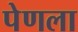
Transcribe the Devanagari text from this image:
पेणला